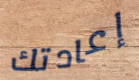
إعادتك